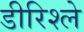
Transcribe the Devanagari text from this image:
डीरिश्ले